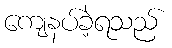
ကျေနပ်ခဲ့ရသည်